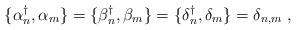
LaTeX: \begin{align*}\{\alpha{^\dagger _n}, \alpha_m \} = \{ \beta{_n ^\dagger}, \beta _m \} = \{\delta {_n^\dagger},\delta_m\} = \delta _{n, m}\; ,\end{align*}